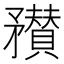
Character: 𥎞